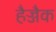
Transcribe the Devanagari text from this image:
हैज्जैक